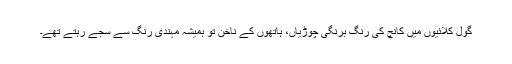
گول کلائیوں میں کانچ کی رنگ برنگی چوڑیاں، ہاتھوں کے ناخن تو ہمیشہ مہندی رنگ سے سجے رہتے تھے۔